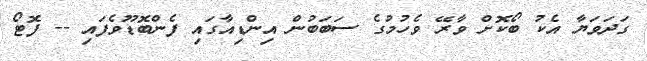
ގަދަވަޔާ އެކު ބޯކޮށް ވާރޭ ވެހުމުގެ ސަބަބުން އިންޑިއާގައި ފެންބޮޑޫވެފައި -- ފޮޓޯ